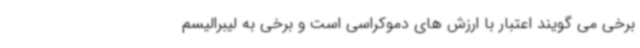
برخی می گویند اعتبار با ارزش های دموکراسی است و برخی به لیبرالیسم